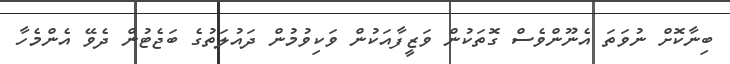
ބިނާކޮށް ނުވަތަ އެނޫންވެސް ގޮތަކުން ވަޒީފާއަކުން ވަކިވުމުން ދައުލަތުގެ ބަޖެޓުން ދެވޭ އެންމެހާ